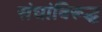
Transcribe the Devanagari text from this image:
संघांविरूद्ध